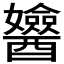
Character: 𨣻